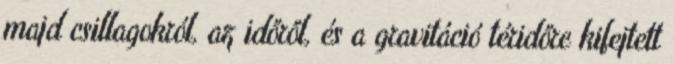
majd csillagokról, az időről, és a gravitáció téridőre kifejtett